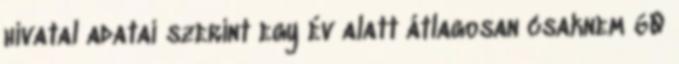
hivatal adatai szerint egy év alatt átlagosan csaknem 60